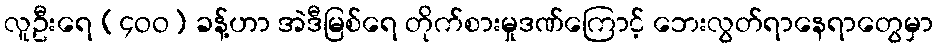
လူဦးရေ (၄ဝဝ) ခန့်ဟာ အဲဒီမြစ်ရေ တိုက်စားမှုဒဏ်ကြောင့် ဘေးလွတ်ရာနေရာတွေမှာ